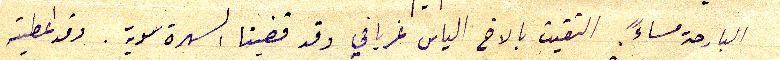
البارحة مساءً التقيت بالاخ الياس غريافي وقد قضينا السهرة سوية. وقد اعطيته